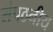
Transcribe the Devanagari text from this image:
संपठनीय